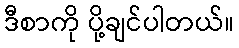
ဒီစာကို ပို့ချင်ပါတယ်။